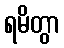
ရမိတွာ